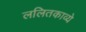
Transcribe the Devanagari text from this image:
ललितकाव्ये